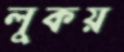
লুকয়